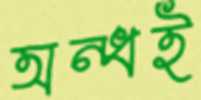
অন্ধই